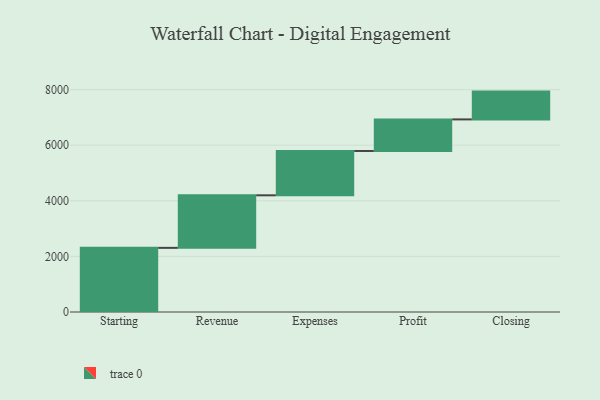
{"axis": {"x": "Step", "y": "Value"}, "legend": [""], "data": [{"x": "Starting", "y": 2308.0, "type": ""}, {"x": "Revenue", "y": 1890.0, "type": ""}, {"x": "Expenses", "y": 1595.0, "type": ""}, {"x": "Profit", "y": 1136.0, "type": ""}, {"x": "Closing", "y": 1000, "type": ""}]}